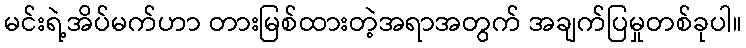
မင်းရဲ့အိပ်မက်ဟာ တားမြစ်ထားတဲ့အရာအတွက် အချက်ပြမှုတစ်ခုပါ။